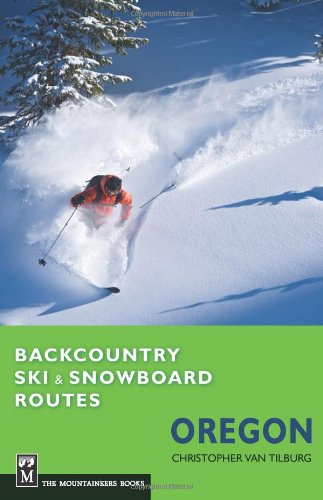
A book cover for Backcountry Ski and Snowboard Routes: Oregon; Chris Van Tilburg; Sports & Outdoors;